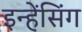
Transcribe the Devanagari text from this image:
इन्हेंसिंग